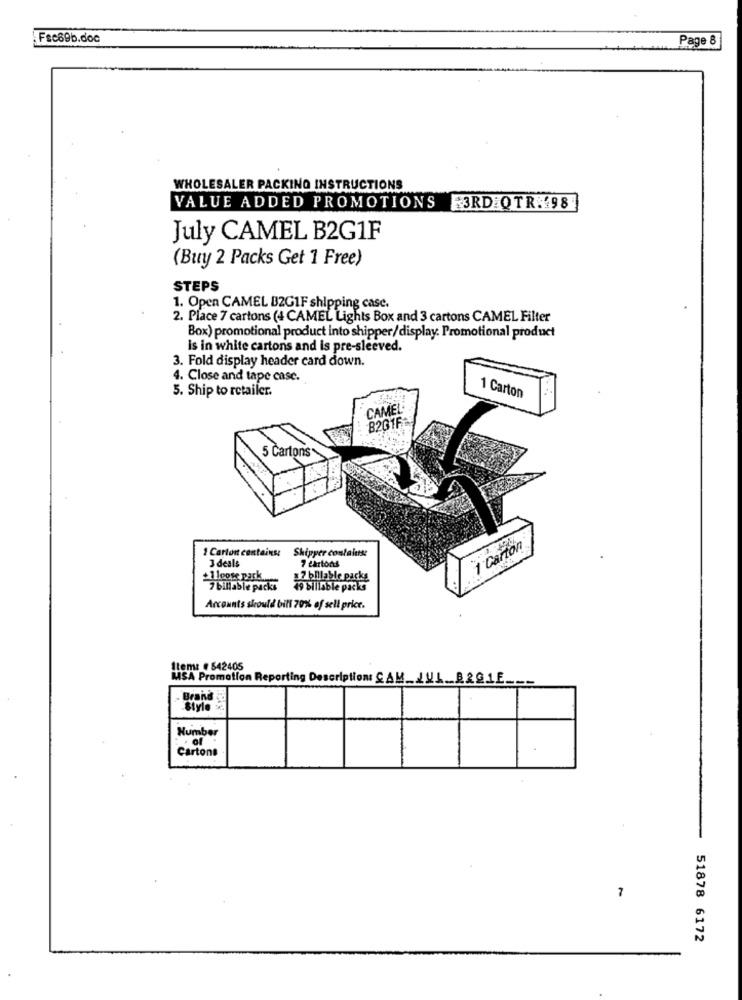
Fac69b.doc
Page 8
WHOLESALER PACKING INSTRUCTIONS
VALUE ADDED PROMOTIONS F3RD:QTR.198
July CAMEL B2G1F
(Buy 2 Packs Get 1 Free)
STEPS
1. Open CAMEL B2G1F shipping case.
2. Place 7 cartons (4 CAMEL Lights Box and 3 cartons CAMEL Filter
Box) promotional product into shipper/display. Promotional product
is in white cartons and is pre-sleeved.
3. Fold display header card down.
4. Close and tape case.
1 Carton
5. Ship to retailer.
CAMEL
8201F1
5 Cartons
1 Carton
1 Carton contains
Shipper conlaluse
J deals
7 cartons
+1 loose pack
7 billable packs
7 bin able packs
49 Billable packs
Accounts should bill 70% of sell price.
Item: # 542405
MSA Promotion Reporting Description: CAM_JUL B2GLE
Brand
Number
Cartons
7
51878 6172